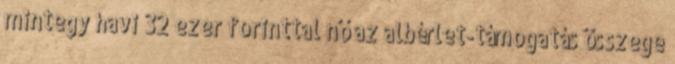
mintegy havi 32 ezer forinttal nő az albérlet-támogatás összege